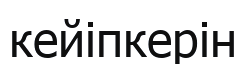
кейіпкерін